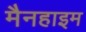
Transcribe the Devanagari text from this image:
मैनहाइम